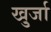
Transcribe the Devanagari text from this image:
खु्र्जा